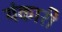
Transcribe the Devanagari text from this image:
यंकारी